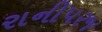
રાનીપરજ